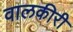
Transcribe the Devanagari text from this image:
वालकीरी